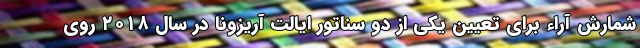
شمارش آراء برای تعیین یکی از دو سناتور ایالت آریزونا در سال ۲۰۱۸ روی